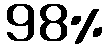
98%